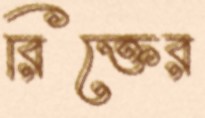
রিক্তের